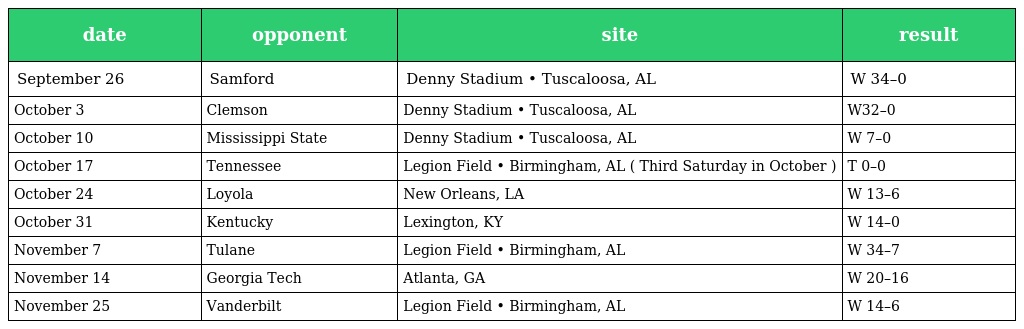
| date | opponent | site | result |
 | --- | --- | --- | --- |
 | September 26 | Samford | Denny Stadium • Tuscaloosa, AL | W 34–0 |
 | October 3 | Clemson | Denny Stadium • Tuscaloosa, AL | W32–0 |
 | October 10 | Mississippi State | Denny Stadium • Tuscaloosa, AL | W 7–0 |
 | October 17 | Tennessee | Legion Field • Birmingham, AL ( Third Saturday in October ) | T 0–0 |
 | October 24 | Loyola | New Orleans, LA | W 13–6 |
 | October 31 | Kentucky | Lexington, KY | W 14–0 |
 | November 7 | Tulane | Legion Field • Birmingham, AL | W 34–7 |
 | November 14 | Georgia Tech | Atlanta, GA | W 20–16 |
 | November 25 | Vanderbilt | Legion Field • Birmingham, AL | W 14–6 |